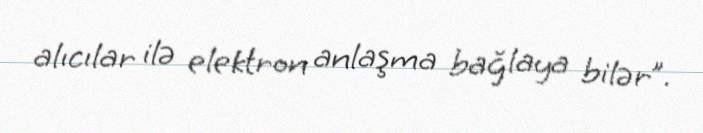
alıcılar ilə elektron anlaşma bağlaya bilər”.